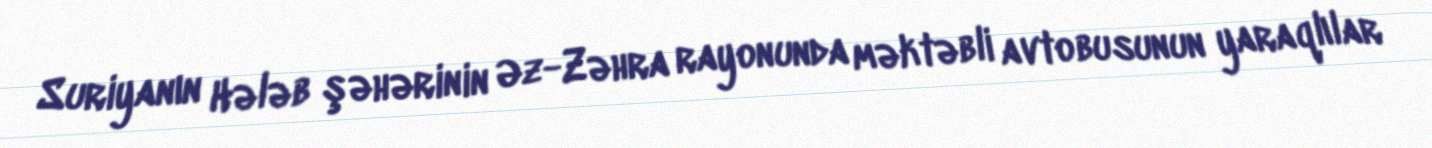
Suriyanın Hələb şəhərinin Əz-Zəhra rayonunda məktəbli avtobusunun yaraqlılar